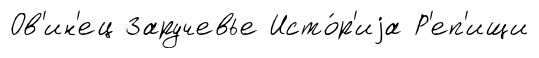
Ов'ин'ец Заручевье Исто́р'иjа Р'еп'ищи